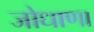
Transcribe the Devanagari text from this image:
जोधाणा